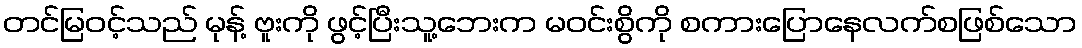
တင်မြဝင့်သည် မုန့် ဗူးကို ဖွင့်ပြီးသူ့ဘေးက မဝင်းစွိကို စကားပြောနေလက်စဖြစ်သော